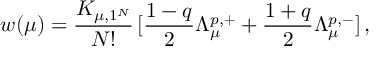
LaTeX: w ( \mu ) = \frac { K _ { \mu , 1 ^ { N } } } { N ! } \, [ \frac { 1 - q } { 2 } \Lambda _ { \mu } ^ { p , + } + \frac { 1 + q } { 2 } \Lambda _ { \mu } ^ { p , - } ] \, ,